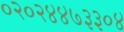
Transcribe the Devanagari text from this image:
०२०२४४७३३०४